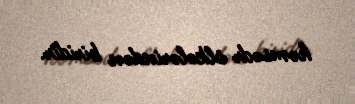
həmsədr ölkələrindən biridir.